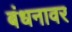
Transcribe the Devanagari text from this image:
बंधनावर